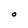
Character: O